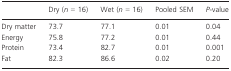
<table><thead><tr><td></td><td><b>Dry (<i>n</i> = 16)</b></td><td><b>Wet (<i>n</i> = 16)</b></td><td><b>Pooled SEM</b></td><td><b><i>P</i>-value</b></td></tr></thead><tbody><tr><td>Dry matter</td><td>73.7</td><td>77.1</td><td>0.01</td><td>0.04</td></tr><tr><td>Energy</td><td>75.8</td><td>77.2</td><td>0.01</td><td>0.44</td></tr><tr><td>Protein</td><td>73.4</td><td>82.7</td><td>0.01</td><td>0.001</td></tr><tr><td>Fat</td><td>82.3</td><td>86.6</td><td>0.02</td><td>0.20</td></tr></tbody></table>